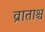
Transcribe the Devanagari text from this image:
व्राताश्च